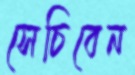
সেচিবেন